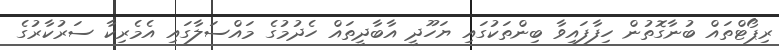
ރިޕޯޓްތައް ބުނާގޮތުން ހިފާފައިވާ ބިންތަކުގައި ޔަހޫދީ އާބާދީތައް ހެދުމުގެ މައްސަލާގައި އެމެރިކާ ސަރުކާރުގެ